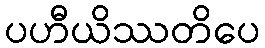
ပဟီယိဿတိပေ